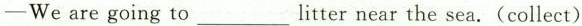
-We are going to litter___near the sea. (collect)